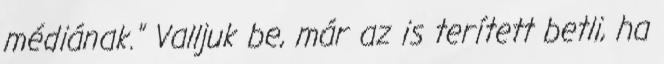
médiának." Valljuk be, már az is terített betli, ha